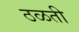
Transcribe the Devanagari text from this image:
ठळती